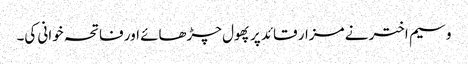
وسیم اختر نے مزار قائد پر پھول چڑھائے اور فاتحہ خوانی کی۔